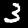
Label: 3